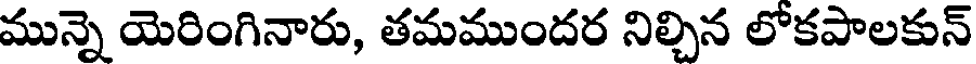
మున్నె యెరింగినారు, తమముందర నిల్చిన లోకపాలకున్